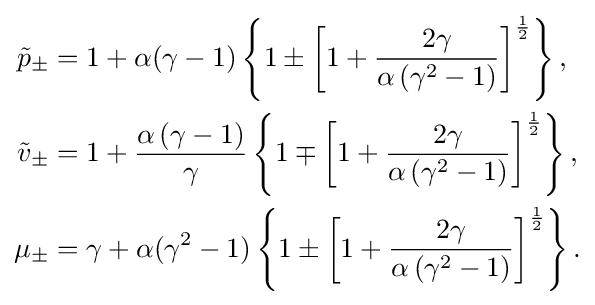
{\begin{aligned}{\tilde {p}}_{\pm }&=1+\alpha (\gamma -1)\left\{1\pm \left[1+{\frac {2\gamma }{\alpha \left(\gamma ^{2}-1\right)}}\right]^{\frac {1}{2}}\right\},\\{\tilde {v}}_{\pm }&=1+{\frac {\alpha \left(\gamma -1\right)}{\gamma }}\left\{1\mp \left[1+{\frac {2\gamma }{\alpha \left(\gamma ^{2}-1\right)}}\right]^{\frac {1}{2}}\right\},\\\mu _{\pm }&=\gamma +\alpha (\gamma ^{2}-1)\left\{1\pm \left[1+{\frac {2\gamma }{\alpha \left(\gamma ^{2}-1\right)}}\right]^{\frac {1}{2}}\right\}.\end{aligned}}